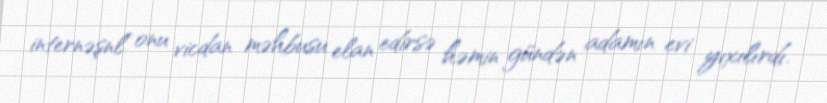
internəşnl” onu vicdan məhbusu elan edirsə həmin gündən adamın evi yıxılırdı.